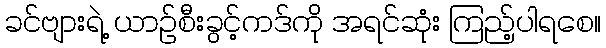
ခင်ဗျားရဲ့ ယာဉ်စီးခွင့်ကဒ်ကို အရင်ဆုံး ကြည့်ပါရစေ။